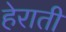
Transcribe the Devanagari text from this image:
हेराती